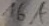
Text: 16A